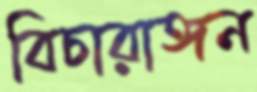
বিচারাঙ্গন